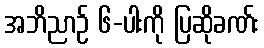
အဘိညာဉ် ၆-ပါးကို ပြဆိုခဏ်း